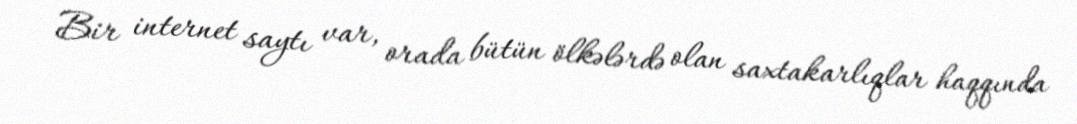
Bir internet saytı var, orada bütün ölkələrdə olan saxtakarlıqlar haqqında